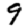
Digit: 9